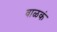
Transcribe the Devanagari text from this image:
वाळकं